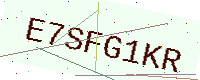
Text: E7SFG1KR